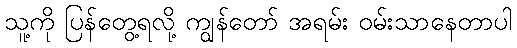
သူ့ကို ပြန်တွေ့ရလို့ ကျွန်တော် အရမ်း ဝမ်းသာနေတာပါ